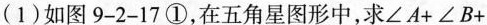
(1)如图9-2-17①，在五角星图形中，求$$ ∠A + ∠B + $$